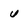
Character: U